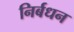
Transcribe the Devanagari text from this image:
निर्बधन